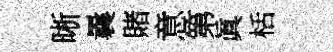
晰曩賭意第眞栝